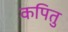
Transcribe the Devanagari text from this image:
कपितु